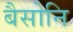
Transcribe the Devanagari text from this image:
बैसोनि